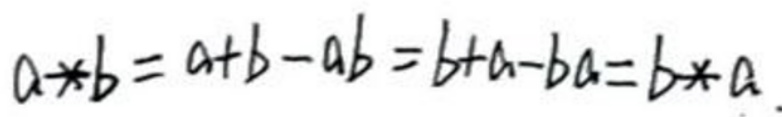
$a*b = a + b - ab = b + a - ba = b*a$